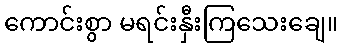
ကောင်းစွာ မရင်းနှီးကြသေးချေ။